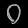
Digit: ၀